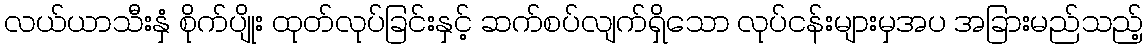
လယ်ယာသီးနှံ စိုက်ပျိုး ထုတ်လုပ်ခြင်းနှင့် ဆက်စပ်လျက်ရှိသော လုပ်ငန်းများမှအပ အခြားမည်သည့်